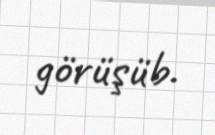
görüşüb.